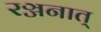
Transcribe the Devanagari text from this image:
रञ्जनात्